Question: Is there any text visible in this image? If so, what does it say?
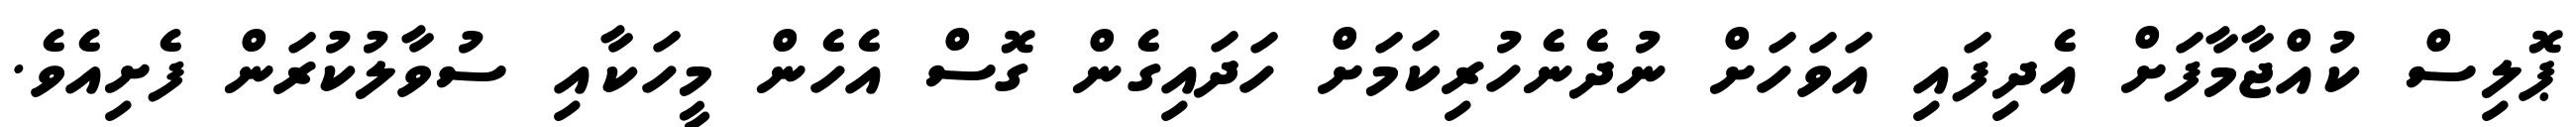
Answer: ޕޮލިސް ކުއްޖާމާފަށް އެދިފައި އަވަހަށް ނުދެނެހުރިކަމަށް ހަދައިގެން ގޮސް އެހެން މީހަކާއި ސުވާލުކުރަން ފެށިއެވެ.